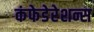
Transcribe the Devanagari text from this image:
कंफेडेरेशन्स